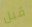
قبل